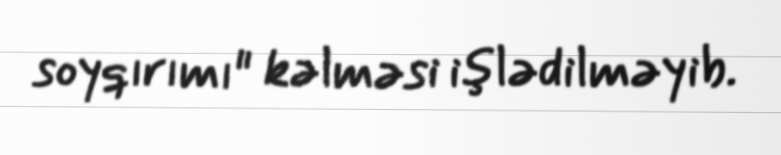
soyqırımı" kəlməsi işlədilməyib.